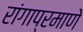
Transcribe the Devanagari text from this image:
रांगाप्रमाणे